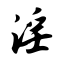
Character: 淫